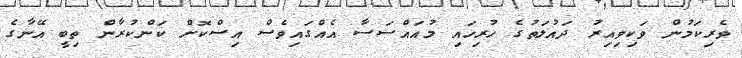
ވެރިކަމުން ވަކިވިއިރު ދައުލަތުގެ ހުރިހައި މުއައްސަސާ އެއްގައިވެސް އިސްކޮށް ކަންކުރާން ތިބީ އޭނާގެ